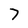
Character: 7